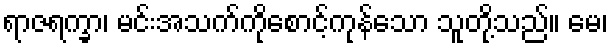
ရာဇရက္ခာ၊ မင်းအသက်ကိုစောင့်ကုန်သော သူတို့သည်။ မေ၊